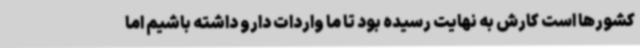
کشورها است کارش به نهایت رسیده بود تا ما واردات دارو داشته باشیم اما